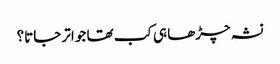
نشہ چڑھا ہی کب تھا جو اتر جاتا؟